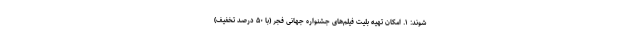
شوند: ۱. امکان تهیه بلیت فیلم‌های جشنواره جهانی فجر (با ۵۰ درصد تخفیف)